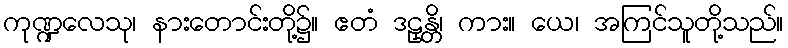
ကုဏ္ဍလေသု၊ နားတောင်းတို့၌။ ဧတံ ဒဠှန္တိ၊ ကား။ ယေ၊ အကြင်သူတို့သည်။